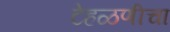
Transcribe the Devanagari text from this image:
टेहळणीचा